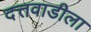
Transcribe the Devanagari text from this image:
दत्तवाडीला